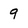
Character: 9